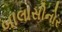
બાલાસીનોર